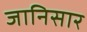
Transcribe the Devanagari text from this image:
जानिसार